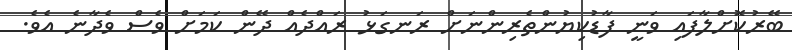
ބޭރުކޮށްލާފައި ވަނީ ފާޑުކިޔުންތެރިންނަށް ރަނގަޅު ރައްދެއް ދޭން ކަމަށް ވެސް ވެދާނެ އެވެ.